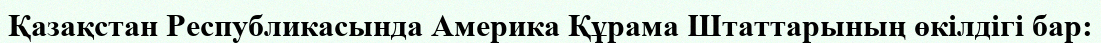
Қазақстан Республикасында Америка Құрама Штаттарының өкілдігі бар: